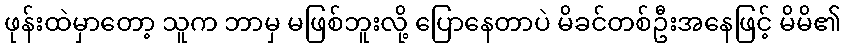
ဖုန်းထဲမှာတော့ သူက ဘာမှ မဖြစ်ဘူးလို့ ပြောနေတာပဲ မိခင်တစ်ဦးအနေဖြင့် မိမိ၏